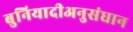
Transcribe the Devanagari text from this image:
बुनियादीअनुसंधान